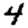
Digit: 4